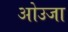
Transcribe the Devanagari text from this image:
ओउजा